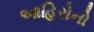
આહિરોનો